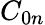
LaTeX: C_{0n}